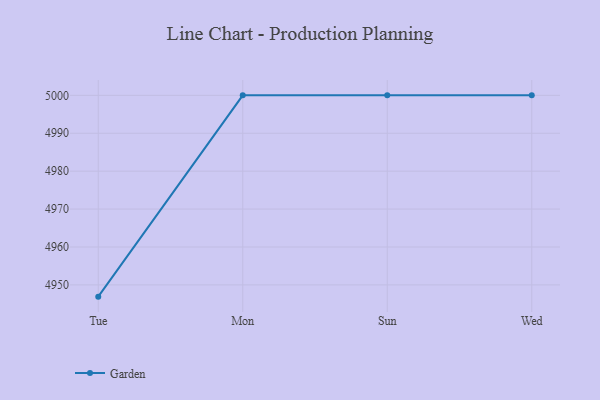
{"axis": {"x": "Day", "y": "Inventory Turnover"}, "legend": ["Garden"], "data": [{"x": "Tue", "y": 4946.9, "type": "Garden"}, {"x": "Mon", "y": 5000, "type": "Garden"}, {"x": "Sun", "y": 5000, "type": "Garden"}, {"x": "Wed", "y": 5000, "type": "Garden"}]}